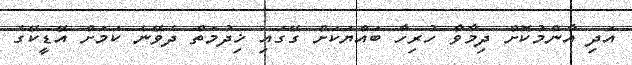
އަދި އާންމުކޮށް ދިމާވާ ހުރިހާ ބައްޔަކަށް ގޭގައި ޚިދުމަތް ދެވޭނެ ކަމަށް އޭޑީކޭގެ